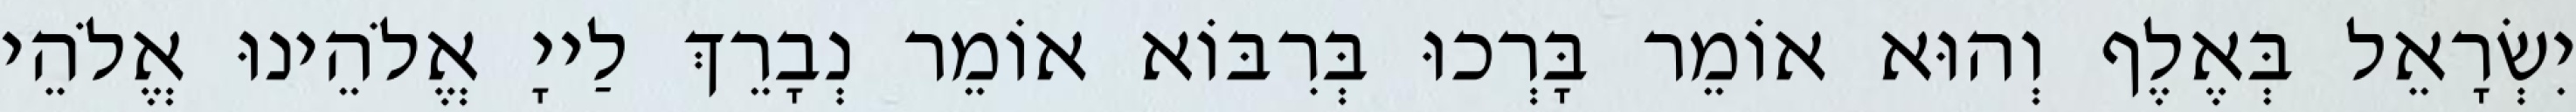
יִשְׂרָאֵל בְּאֶלֶף וְהוּא אוֹמֵר בָּרְכוּ בְּרִבּוֹא אוֹמֵר נְבָרֵךְ לַייָ אֱלֹהֵינוּ אֱלֹהֵי